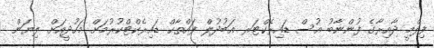
ފިލްމީ ދާއިރާގެ ފުންނާބު އުސް ޑައިރެކްޓަރ ޢަބުދުލް ފައްތާޙް ޑައިރެކްޓްކުރުމަށް މަހުދީއަށް ލިޔަން